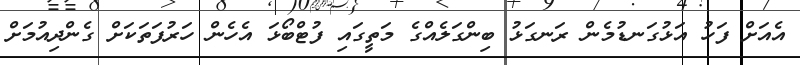
އެއަށް ފަހު އަޅުގަނޑުމެން ރަނގަޅު ބިންގަލެއްގެ މަތީގައި ފުޓްބޯޅަ އެހެން ހަރުފަތަކަށް ގެންދިއުމަށް